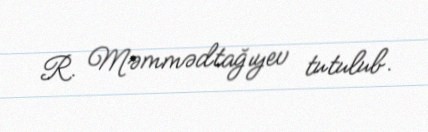
R. Məmmədtağıyev tutulub.